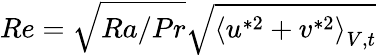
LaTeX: Re=\sqrt{Ra/Pr}\sqrt{\left\langle u^{*2}+v^{*2}\right\rangle_{V,t}}